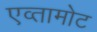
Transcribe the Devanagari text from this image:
एव्तामोट